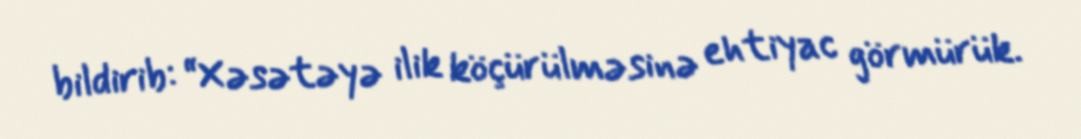
bildirib: “Xəsətəyə ilik köçürülməsinə ehtiyac görmürük.